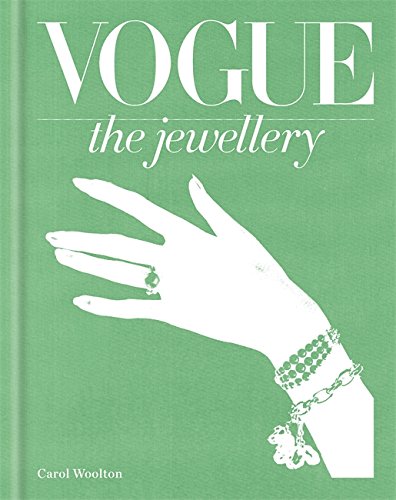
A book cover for Vogue the Jewellery; Carol Woolton; Crafts, Hobbies & Home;